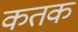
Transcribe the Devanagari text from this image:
कतक